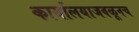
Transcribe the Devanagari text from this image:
कार्यालयाजवळूनच